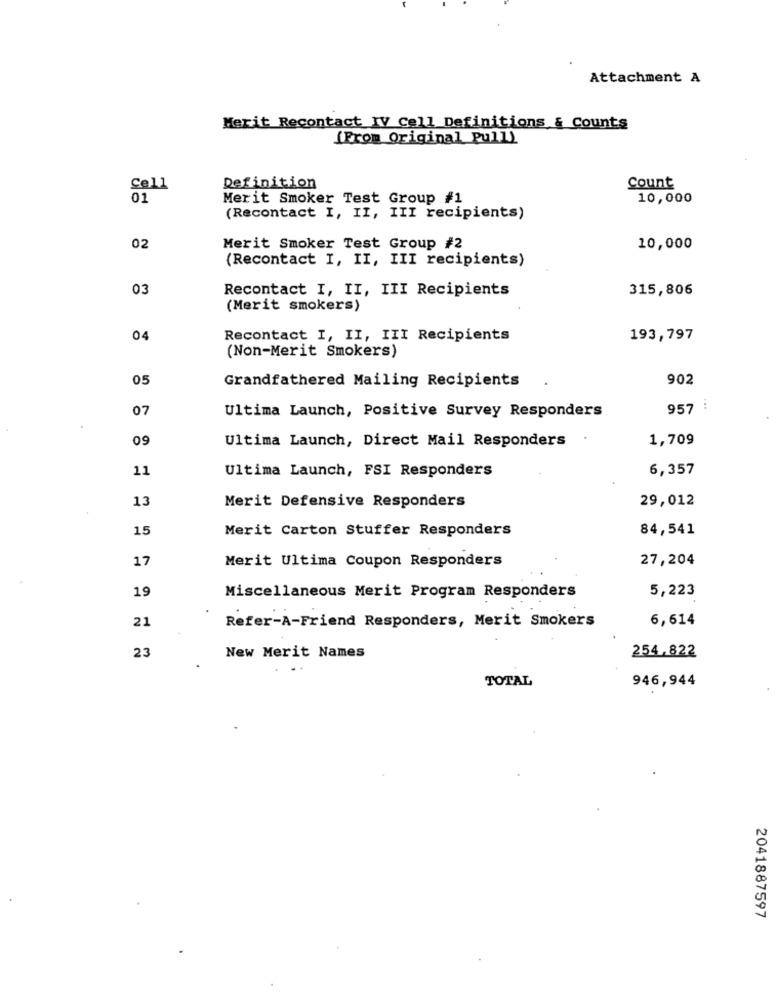
Attachment A
Merit Recontact IV Cell Definitions & Counts
(From Original Pull)
Cell
Definition
Count
01
Merit Smoker Test Group #1
10,000
(Recontact I, II, III recipients)
02
Merit Smoker Test Group #2
10,000
(Recontact I, II, III recipients)
03
Recontact I, II, III Recipients
315,806
(Merit smokers)
04
Recontact I, II, III Recipients
193,797
(Non-Merit Smokers)
05
Grandfathered Mailing Recipients
902
07
957
Ultima Launch, Positive Survey Responders
09
Ultima Launch, Direct Mail Responders
1,709
11
Ultima Launch, FSI Responders
6,357
13
29,012
Merit Defensive Responders
15
Merit Carton Stuffer Responders
84,541
17
Merit Ultima Coupon Responders
27,204
19
5,223
Miscellaneous Merit Program Responders
21
Refer-A-Friend Responders, Merit Smokers
6,614
23
254,822
New Merit Names
TOTAL
946,944
2041887597